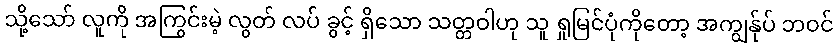
သို့သော် လူကို အကြွင်းမဲ့ လွတ် လပ် ခွင့် ရှိသော သတ္တဝါဟု သူ ရှုမြင်ပုံကိုတော့ အကျွန်ုပ် ဘဝင်